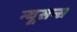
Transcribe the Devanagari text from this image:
न्यूसन्स